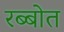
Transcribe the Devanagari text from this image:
रब्बोत